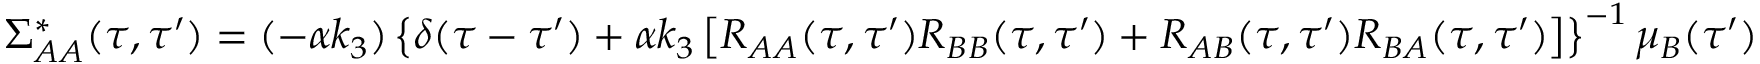
\Sigma _ { A A } ^ { * } ( \tau , \tau ^ { \prime } ) = ( - \alpha k _ { 3 } ) \left\{ \delta ( \tau - \tau ^ { \prime } ) + \alpha k _ { 3 } \left[ R _ { A A } ( \tau , \tau ^ { \prime } ) R _ { B B } ( \tau , \tau ^ { \prime } ) + R _ { A B } ( \tau , \tau ^ { \prime } ) R _ { B A } ( \tau , \tau ^ { \prime } ) \right] \right\} ^ { - 1 } \mu _ { B } ( \tau ^ { \prime } )